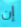
إن